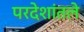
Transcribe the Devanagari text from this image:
परदेशांतले